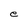
Character: e